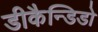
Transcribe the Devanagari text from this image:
डीकैन्डिडो